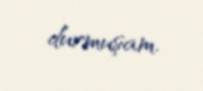
durmuşam.